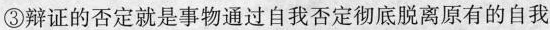
③辩证的否定就是事物通过自我否定彻底脱离原有的自我